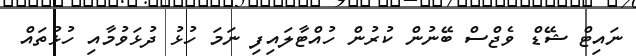
ނައިޓް ޝޭޑް ވެޖްސް ބޭނުން ކުރުން ހުއްޓާލައިފި ނަމަ ހުޅު ދުޅަވުމާއި ހުޅުތައް